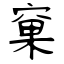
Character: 窠